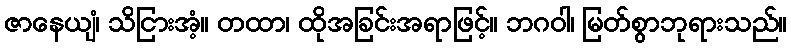
ဇာနေယျံ၊ သိငြားအံ့။ တထာ၊ ထိုအခြင်းအရာဖြင့်။ ဘဂဝါ၊ မြတ်စွာဘုရားသည်။